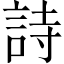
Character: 詩